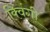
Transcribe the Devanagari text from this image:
क्विंगी